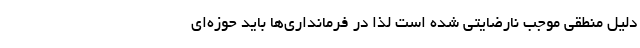
دلیل منطقی موجب نارضایتی شده است لذا در فرمانداری‌ها باید حوزه‌ای